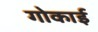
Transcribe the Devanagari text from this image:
गोकाई